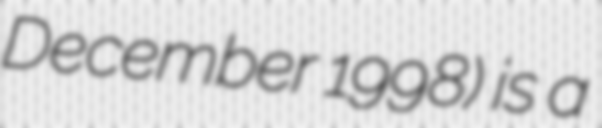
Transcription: December 1998) is a